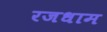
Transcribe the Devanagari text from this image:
रजधाम